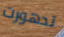
تدهورت